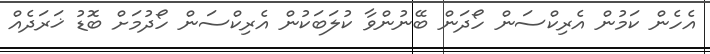
އެހެން ކަމުން އެރިކްސަން ހޯދަން ބޭނުންވާ ކުލަބަކުން އެރިކްސަން ހޯދުމަށް ބޮޑު ޚަރަދެއް